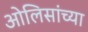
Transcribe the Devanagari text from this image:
ओलिसांच्या